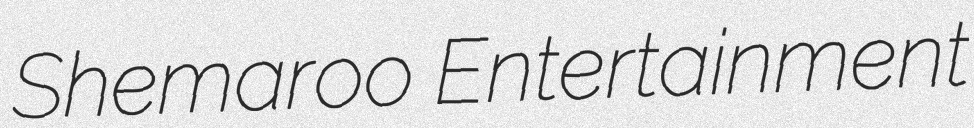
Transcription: Shemaroo Entertainment